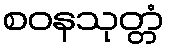
စဝနသုတ္တံ